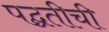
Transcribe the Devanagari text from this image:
पद्घतीची